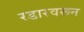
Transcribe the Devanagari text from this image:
रडारवरून